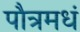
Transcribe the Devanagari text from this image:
पौत्रमधं